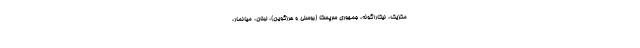
مکزیک، نیکاراگوئه، جمهوری سرپسکا (بوسنی و هرزگوین)، لبنان، میانمار،